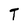
Character: T